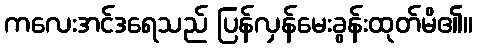
ကလေးအင်ဒရေသည် ပြန်လှန်မေးခွန်းထုတ်မိ၏။